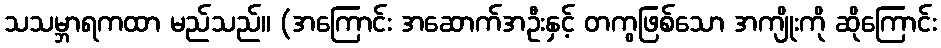
သသမ္ဘာရကထာ မည်သည်။ (အကြောင်း အဆောက်အဦးနှင့် တကွဖြစ်သော အကျိုးကို ဆိုကြောင်း